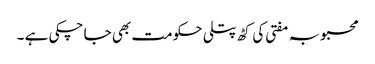
محبوبہ مفتی کی کٹھ پتلی حکومت بھی جا چکی ہے ۔